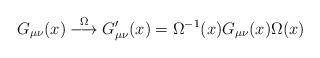
LaTeX: \begin{align*}G_{\mu\nu}(x) \stackrel{\Omega}{\longrightarrow} G'_{\mu\nu}(x) = \Omega^{-1}(x) G_{\mu\nu}(x) \Omega(x)\end{align*}